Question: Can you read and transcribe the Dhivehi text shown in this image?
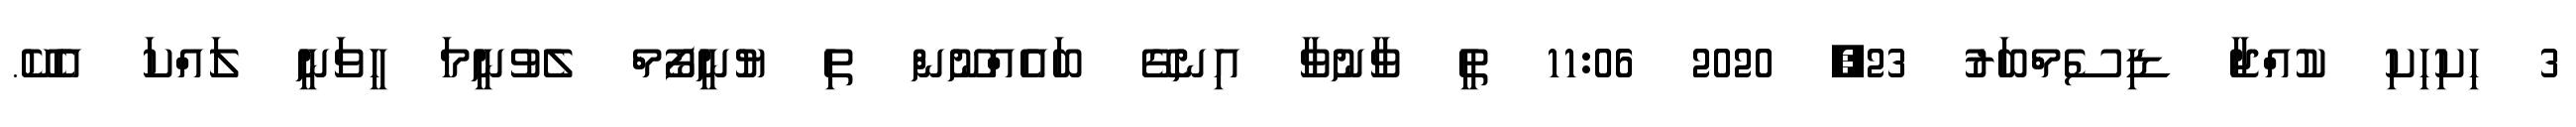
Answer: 3 ހިކިހިކި ކުއްޖާ ޑިސެމްބަރު 23, 2020 11:06 ތީ ވާނުވާ އިނގޭ ބައެއްނޫން ތި ޔުނީފޯމް ލެވުނީމަ ހީވަނީ ލައްކަ އެކޭ.